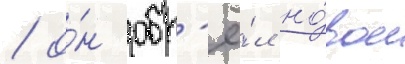
/ о́н обр'ё́л но́вое